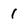
Character: 1